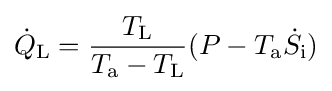
{\dot {Q}}_{\text{L}}={\frac {T_{\text{L}}}{T_{\text{a}}-T_{\text{L}}}}(P-T_{\text{a}}{\dot {S}}_{\text{i}})